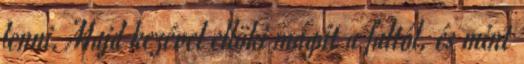
lenni. Majd kezével ellöki magát a faltól, és mint